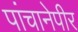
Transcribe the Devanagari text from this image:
पांचानेपीर